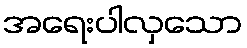
အရေးပါလှသော